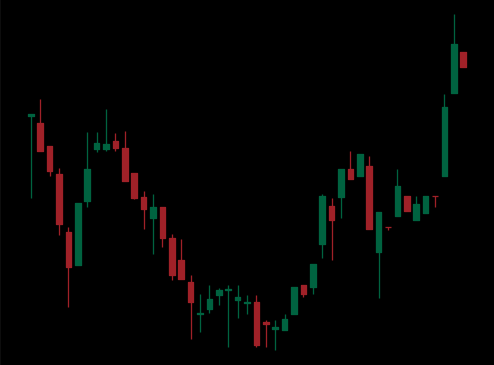
Pattern: inverse_head_shoulders